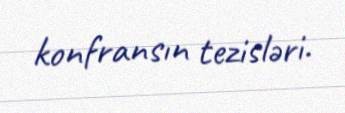
konfransın tezisləri.